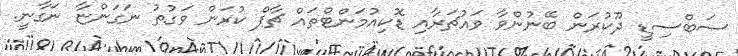
ސަބްސިޑީ ދޫކުރަން ބޭނުންވާ ވައުޗަރާއި ޑޮކިއުމަންޓްތައް ޗާޕް ކުރަން ވަގުތު ނަގަންޏާ ނަގާނީ.